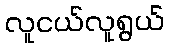
လူငယ်လူရွယ်